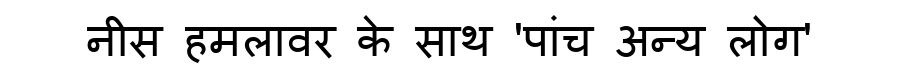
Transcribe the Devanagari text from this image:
नीस हमलावर के साथ 'पांच अन्य लोग'